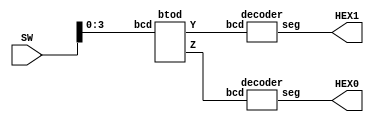
module Part2(SW, HEX0, HEX1);

input [9:0] SW;
output [6:0] HEX0, HEX1;

wire [3:0] AA , BB;
wire [6:0] X , Y;
//btod btod1(SW[4:0],A,B);
//mux2to1 mhex1(4'b0000, 4'b0001,A[0], Y);

btod btod1(SW[3:0], AA,BB);
decoder hex0(BB,X);
decoder hex1(AA,Y);
assign HEX0 = X;
assign HEX1 = Y;



endmodule 

module btod (bcd, Y , Z);
input [3:0] bcd;
output [3:0] Y, Z;
wire A,B,C,D,E,F;

assign A = 0;
assign B = 0;
assign C = bcd[3];
assign D = bcd[2];
assign E = bcd[1];
assign F = bcd[0];

assign Y[3] = 0;
assign Y[2] = (A & C) | (B & D);
assign Y[1] = (~A & B & D) | (~A & B & C) | (B & C & D) | (A & ~B & ~C);
assign Y[0] = (A & ~B & ~C) | (A & ~C & E) | (A & ~C & D) | (~A & ~B & C & E) | (~A & ~B & C & D) | (~A & C & D & E) | (~A & B & ~C & ~D) | (A & B & C & ~D);

assign Z[3] = (~A & ~B & C & ~D & ~E) | (~A & B & ~C & ~D & E) | (~A & B & C & D & ~E) | (A & ~B & ~C & D & E) | (A & B & ~C & ~D & ~E) | (A & B & C & ~D & E);
assign Z[2] = (~A & ~B & ~C & D) | (~B & C & D & E) | (~A & B & C & ~D) | (B & C & ~D & ~E) | (A & ~B & D & ~E) | (A & ~B & ~C & ~D & E) | (A & B & ~C & D & E) | (~A & B & ~D & ~E);
assign Z[1] = (~A & ~B & ~C & E) | (~A & ~C & D & E) | (A & ~B & ~C & ~E) | (~A & C & D & ~E) | (A & ~B & C & E) | (A & C & D & E) | (~A & ~B & C & D & ~E) | (~A & B & ~C & ~D & ~E) | (~A & B & C & ~D & E) | (A & B & C & ~D & ~E);
assign Z[0] = F; 
endmodule


module mux2to1(I0,I1,S,Y);
input [3:0] I0,I1;
input S;
output [3:0] Y;

assign Y = ({4{~S}}&I0) | ({4{S}}&I1);

endmodule 

module decoder (bcd, seg);

input [3:0] bcd;
assign a = bcd[3];
assign b = bcd[2];
assign c = bcd[1];
assign d = bcd[0];

output [6:0] seg;

assign seg[0] = (b & (~c) & (~d)) | ((~a) & (~b) & (~c) & d); //a
assign seg[1] = (b & (~c) & d) | (b & c & (~d));//b
assign seg[2] = (~b) & (~d) & c;//c
assign seg[3] = (b & ~c & ~d) | (b & c & d) | (~a & ~b & ~c & d);//d
assign seg[4] = (d) | (b & ~c);//e
assign seg[5] = (~b & c) | (c & d) | (~a & ~b & d);//f
assign seg[6] = (~a & ~b & ~c) | (b & c & d);//g


endmodule